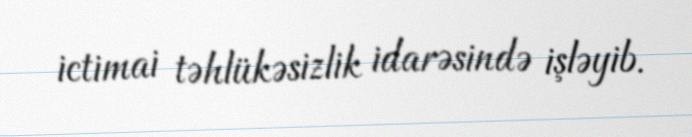
ictimai təhlükəsizlik idarəsində işləyib.